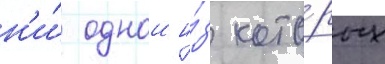
н'и́ однои и́з кото́рых